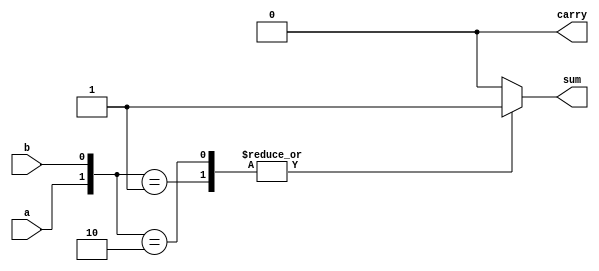
module half_adder(input a,b,
	          output reg sum,carry);
always@(a,b)
begin
sum=0;carry=0;
case({a,b})

2'b00:begin sum=1'b0;carry=1'b0; end
2'b01:begin sum=1;carry=0; end
2'b10: begin sum=1;carry=0; end
//default:begin sum=0;carry=0; end
endcase
end
endmodule
/*	
module half_adder_tb(a,b,sum,carry);
`include half_adder
reg a,b;
wire sum,carry;

//half_adder DUT(.a(a),.b(),.sum(sum),.carry(carry));
half_adder DUT(a,b,sum,carry);

initial
begin
a=1;
b=1;
#5;
a=0;
b=1;
end
endmodule
*/